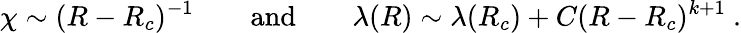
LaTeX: \chi\sim(R-R_{c})^{-1}\qquad\mathrm{and}\qquad\lambda(R)\sim\lambda(R_{c})+C(R-R_{c})^{k+1}\ .